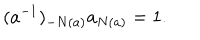
LaTeX: ( a ^ { - 1 } ) _ { - N ( a ) } a _ { N ( a ) } = 1 .